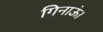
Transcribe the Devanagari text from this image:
गिनाऊं।